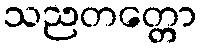
သညတတ္တော